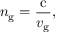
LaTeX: n _ { \mathrm { g } } = { \frac { \mathrm { c } } { v _ { \mathrm { g } } } } ,